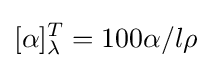
[\alpha ]_{\lambda }^{T}=100\alpha /l\rho \,\!